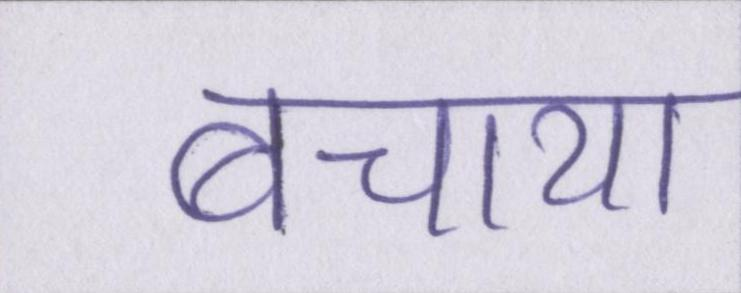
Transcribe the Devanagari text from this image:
बचाया